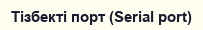
Тізбекті порт (Serial port)